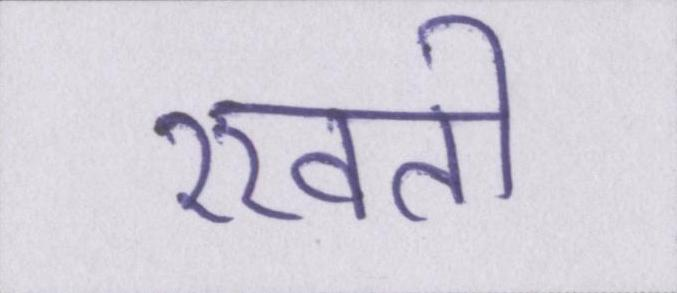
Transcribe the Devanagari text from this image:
रखती